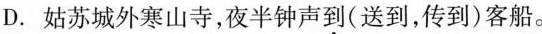
D.姑苏城外寒山寺，夜半钟声道（送到，传到）客船。